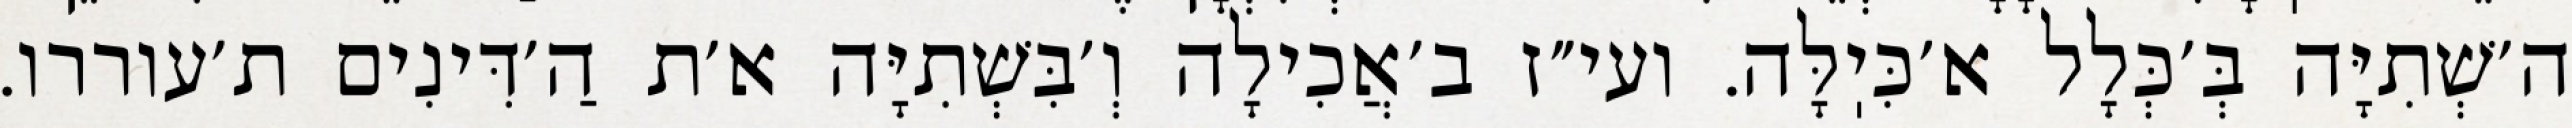
ה׳שְׁתִיָּה בְּ׳כְּלָל א׳כִּיֽלָּה. ועי״ז ב׳אֲכִילָה וְ׳בִּשְׁתִיָּה א׳ת הַ׳דִּינִים ת׳עוררו.